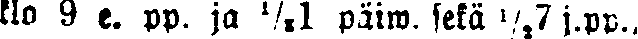
klo 9 e. pp. ja ½1 päiw. sekä ½7 j.pp.,